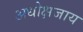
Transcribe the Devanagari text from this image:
अधोक्षजाय